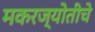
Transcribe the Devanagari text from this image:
मकरज्योतीचे